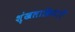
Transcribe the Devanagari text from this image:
शृंखलाक्रियाएँ